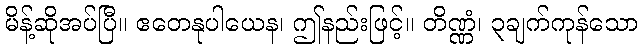
မိန့်ဆိုအပ်ပြီ။ ဧတေနုပါယေန၊ ဤနည်းဖြင့်။ တိဏ္ဏံ၊ ၃ချက်ကုန်သော